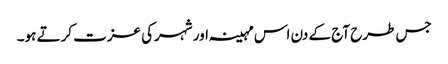
جس طرح آج کے دن اس مہینہ اور شہرکی عزت کرتے ہو۔